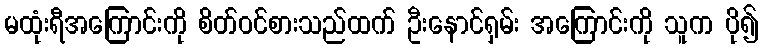
မထုံးရီအကြောင်းကို စိတ်ဝင်စားသည်ထက် ဦးနောင်ရှမ်း အကြောင်းကို သူက ပို၍